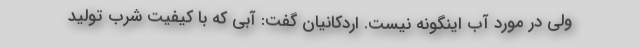
ولی در مورد آب اینگونه نیست. اردکانیان گفت: آبی که با کیفیت شرب تولید